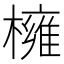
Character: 𭬎